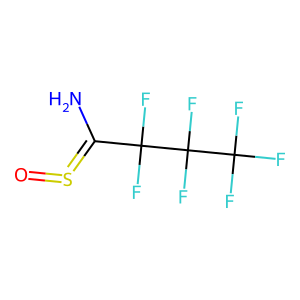
SMILES: NC(=S=O)C(F)(F)C(F)(F)C(F)(F)F
Inhibits HIV replication: Yes